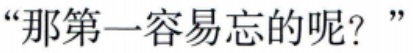
“那第一容易忘的呢？”